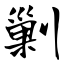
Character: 剿